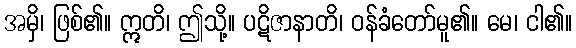
အမှိ၊ ဖြစ်၏။ ဣတိ၊ ဤသို့။ ပဋိဇာနာတိ၊ ဝန်ခံတော်မူ၏။ မေ၊ ငါ၏။